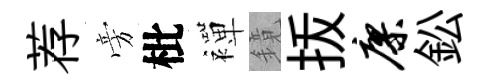
荐旁枇襌鏡㧞廖鈆